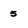
Character: 5